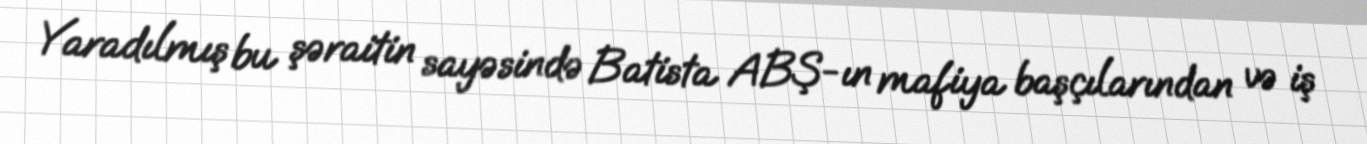
Yaradılmış bu şəraitin sayəsində Batista ABŞ-ın mafiya başçılarından və iş